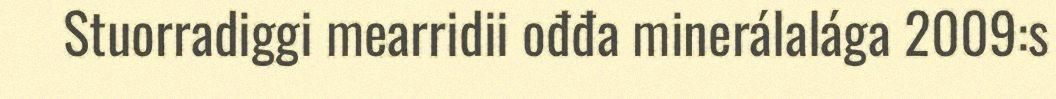
Stuorradiggi mearridii ođđa minerálalága 2009:s